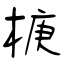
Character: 椩